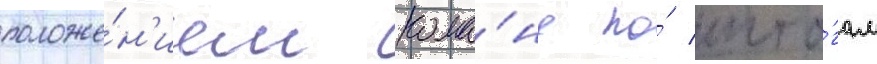
положе́н'ием кома́нд по́ ито́гам